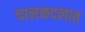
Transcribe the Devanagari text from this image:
चालकदलात